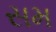
સમ